Rangoon Lunatic Asylum 1878-1892 - 1878-1892
Year: 1878
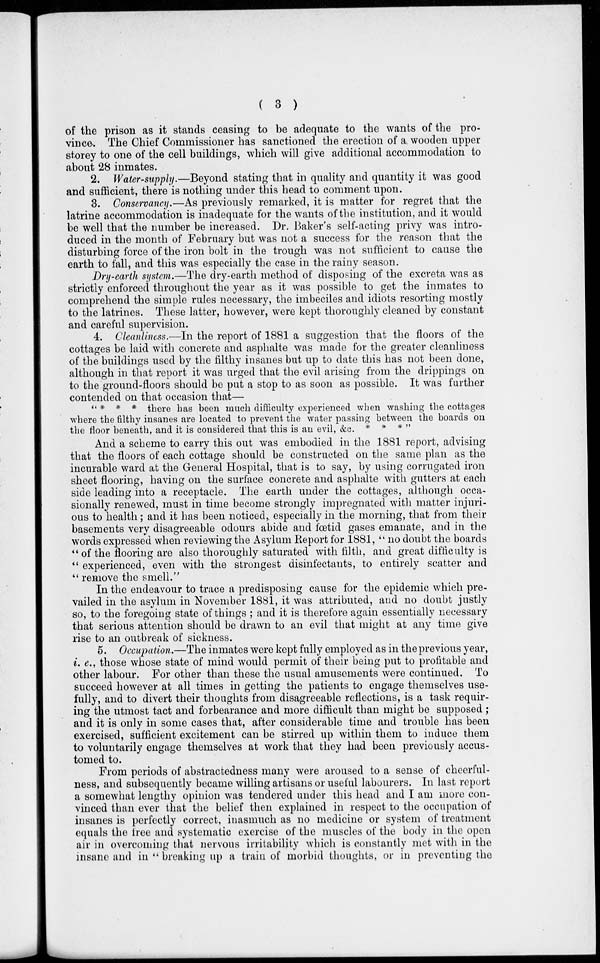
( 3 )
of the prison as it stands ceasing to be adequate to the wants of the pro-
vince-. The Chief Commissioner has sanctioned the erection of a. wooden upper
storey to one of the cell buildings, which will give additional accommodation to
about 28 inmates.
2. Water-supply.—Beyond stating that in quality and quantity it was good
and sufficient, there is nothing under this head to comment upon.
3. Conservancy.—As previously remarked, it is matter for regret that the
latrine accommodation is inadequate for the wants of the institution, and it would
be well that the number be increased. Dr. Baker's self-acting privy was intro-
duced in the month of February but was not a success for the reason that the
disturbing force of the iron bolt in the trough was not sufficient to cause the
earth to fall, and this was especially the case in the rainy season.
Dry-earth system.—The dry-earth method of disposing of the excreta was as
strictly enforced throughout the year as it was possible to get the inmates to
comprehend the simple rules necessary, the imbeciles and idiots resorting mostly
to the latrines. These latter, however, were kept thoroughly cleaned by constant
and careful supervision.
4. Cleanliness.—In the report of 1881 a suggestion that the floors of the
cottages be laid with concrete and asphalte was made for the greater cleanliness
of the buildings used by the filthy insanes but up to date this has not been done,
although in that report it was urged that the evil arising from the drippings on
to the ground-floors should be put a stop to as soon as possible. It was further
contended on that occasion that—
''***
there has been much difficulty experienced when washing the cottages
where the filthy insanes are located to prevent the water passing between the boards on
the floor beneath, and it is considered that this is an evil, &c. * * * "
And a scheme to carry this out was embodied in the 1881 report, advising
that the floors of each cottage should be constructed on the same plan as the
incurable ward at the General Hospital, that is to say, by using corrugated iron
sheet flooring, having on the surface concrete and asphalte with gutters at each
side leading into a receptacle. The earth under the cottages, although occa-
sionally renewed, must in time become strongly impregnated with matter injuri-
ous to health; and it has been noticed, especially in the morning, that from their
basements very disagreeable odours abide and fœtid gases emanate, and in the
words expressed when reviewing the Asylum Report for 1881, "no doubt the boards
" of the flooring are also thoroughly saturated with filth, and great difficulty is
" experienced, even with the strongest disinfectants, to entirely scatter and
" remove the smell.''
In the endeavour to trace a predisposing cause for the epidemic which pre-
vailed in the asylum in November 1881, it was attributed, and no doubt justly
so, to the foregoing state of things ; and it is therefore again essentially necessary
that serious attention should be drawn to an evil that might at any time give
rise to an outbreak of sickness.
5. Occupation.—The inmates were kept fully employed as in the previous year,
i. e., those whose state of mind would permit of their being put to profitable and
other labour. For other than these the usual amusements were continued. To
succeed however at all times in getting the patients to engage themselves use-
fully, and to divert their thoughts from disagreeable reflections, is a task requir-
ing the utmost tact and forbearance and more difficult than might be supposed ;
and it is only in some cases that, after considerable time and trouble has been
exercised, sufficient excitement can be stirred up within them to induce them
to voluntarily engage themselves at work that they had been previously accus-
tomed to.
From periods of abstractedness many were aroused to a sense of cheerful-
ness, and subsequently became willing artisans or useful labourers. In last report
a somewhat lengthy opinion was tendered under this head and I am more con-
vinced than ever that the belief then explained in respect to the occupation of
insanes is perfectly correct, inasmuch as no medicine or system of treatment
equals the free and systematic exercise of the muscles of the body in the open
air in overcoming that nervous irritability which is constantly met with in the
insane and in "breaking up a train of morbid thoughts, or in preventing the